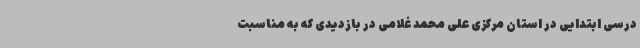
درسی ابتدایی در استان مرکزی علی محمد غلامی در بازدیدی که به مناسبت